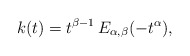
\begin{align*}k(t) = t^{\beta -1}\, E_{\alpha,\beta}(-t^\alpha),\end{align*}